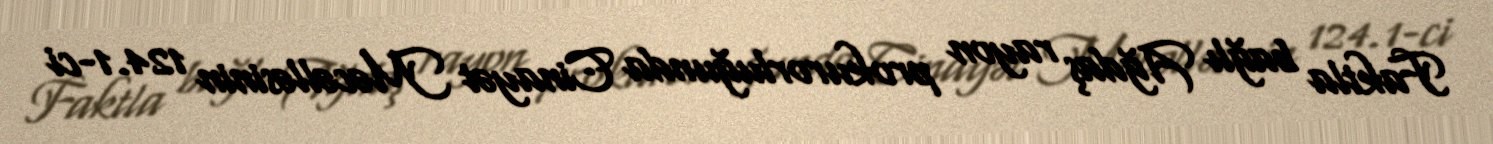
Faktla bağlı Ağdaş rayon prokurorluğunda Cinayət Məcəlləsinin 124.1-ci